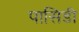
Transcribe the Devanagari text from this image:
पासिडी